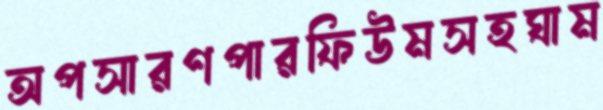
অপসারণপারফিউমসহঘাম